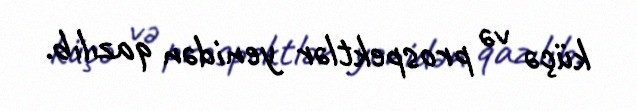
küçə və prospektlər yenidən qazılıb.